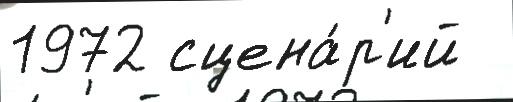
1972 сцена́р'ий